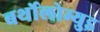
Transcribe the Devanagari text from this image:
बर्थोलोम्युइ